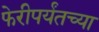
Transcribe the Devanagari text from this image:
फेरीपर्यंतच्या